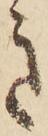
き